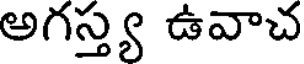
అగస్త్య ఉవాచ